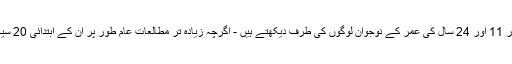
مجموعی طور پر ، ہم 41,871 بچوں اور 11 اور 24 سال کی عمر کے نوجوان لوگوں کی طرف دیکھتے ہیں - اگرچہ زیادہ تر مطالعات عام طور پر ان کے ابتدائی 20 سیکنڈ میں نوجوانوں کی طرف دیکھتے ہیں۔